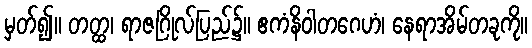
မှတ်၍။ တတ္ထ၊ ရာဇဂြိုလ်ပြည်၌။ ဧကံနိဝါတဂေဟံ၊ နေရာအိမ်တခုကို။